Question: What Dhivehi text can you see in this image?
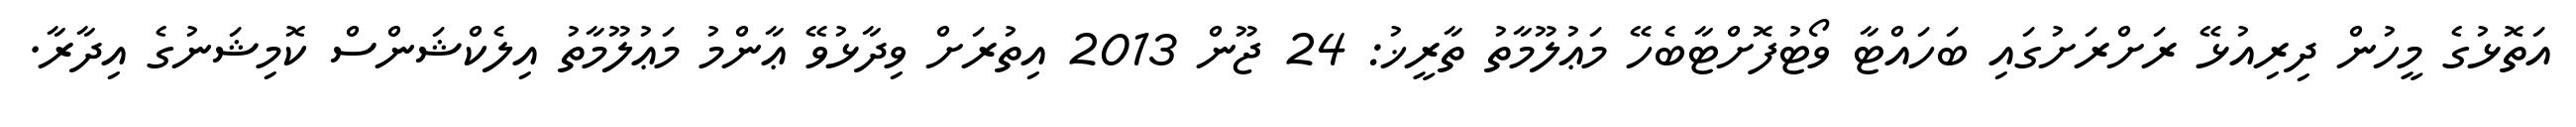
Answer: އަތޮޅުގެ މީހުން ދިރިއުޅޭ ރަށްރަށުގައި ބަހައްޓާ ވޯޓުފޮށްޓާބެހޭ މަޢުލޫމާތު ތާރީޚު: 24 ޖޫން 2013 އިތުރަށް ވިދާޅުވޭ ޢާންމު މަޢުލޫމާތު އިލެކްޝަންސް ކޮމިޝަނުގެ އިދާރާ.